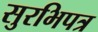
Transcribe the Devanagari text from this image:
सुरभिपत्र